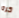
كره